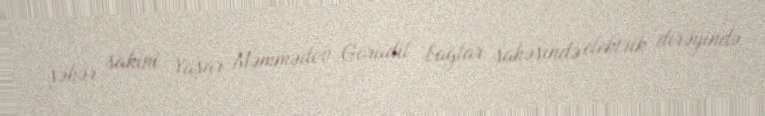
şəhər sakini Yaşar Məmmədov Goradil bağlar sahəsində elektrik dirəyində